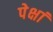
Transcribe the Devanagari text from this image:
पेक्षां